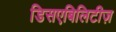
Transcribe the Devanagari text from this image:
डिसएबिलिटीज़